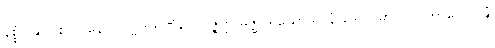
နိစ္စံ ဝုဍ္ဎာပစာယိနော။ ပုဗ္ဗကရဏံပေ ဝိဇ္ဇိတ္ထ မဇ္ဈပရိယောသာနံ ဒေဝဂါမာ ဝါသကာလေ ဝုဍ္ဎံ